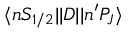
\ensuremath { \langle n S _ { 1 / 2 } | | } D \ensuremath { | | n ^ { \prime } P _ { J } \rangle }